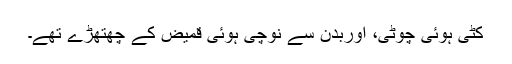
کٹی ہوئی چوٹی، اوربدن سے نوچی ہوئی قمیض کے چھتھڑے تھے۔